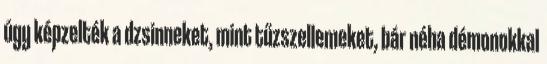
úgy képzelték a dzsinneket, mint tűzszellemeket, bár néha démonokkal